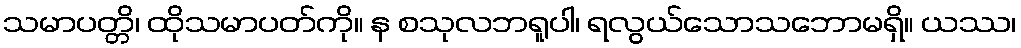
သမာပတ္တိ၊ ထိုသမာပတ်ကို။ န စသုလဘရူပါ၊ ရလွယ်သောသဘောမရှိ။ ယဿ၊